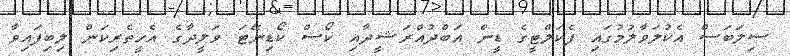
ސިލަބަސް އެކުލަވާލުމުގައި ފެކަލްޓީގެ ޑީން އަބްދުއްރަޝީދާއި ކޯސް ކޯޑިނޭޓަ ވަލީދާގެ އެހީތެރިކަން ލިބިފައިވާ